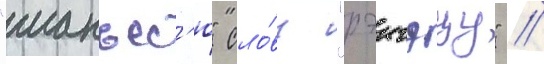
"манъес'ю" сло́ву "рэигэцу" //